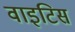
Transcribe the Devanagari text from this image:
वाइटिस